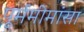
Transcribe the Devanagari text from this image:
पूर्ममीमांसा